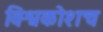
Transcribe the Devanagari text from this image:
विश्वकोशच